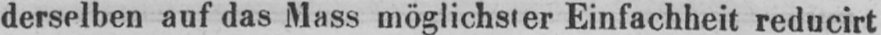
derselben auf das Mass möglichster Einfachheit reducirt